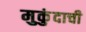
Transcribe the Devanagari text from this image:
मुकुंदाची